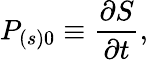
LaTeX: P_{\left(s\right)0}\equiv\frac{\partial S}{\partial t},